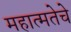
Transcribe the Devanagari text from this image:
महात्मतेचे